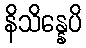
နိသိန္နေပိ